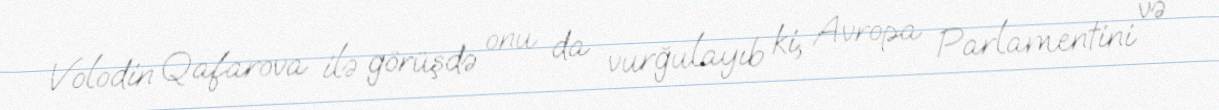
Volodin Qafarova ilə görüşdə onu da vurğulayıb ki, Avropa Parlamentini və